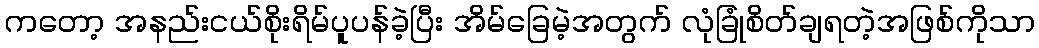
ကတော့ အနည်းငယ်စိုးရိမ်ပူပန်ခဲ့ပြီး အိမ်ခြေမဲ့အတွက် လုံခြုံစိတ်ချရတဲ့အဖြစ်ကိုသာ